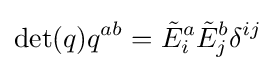
\det(q)q^{ab}={\tilde {E}}_{i}^{a}{\tilde {E}}_{j}^{b}\delta ^{ij}